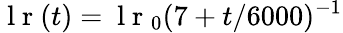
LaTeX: \mathrm{~l~r~}(t)=\mathrm{~l~r~}_{0}(7+t/6000)^{-1}